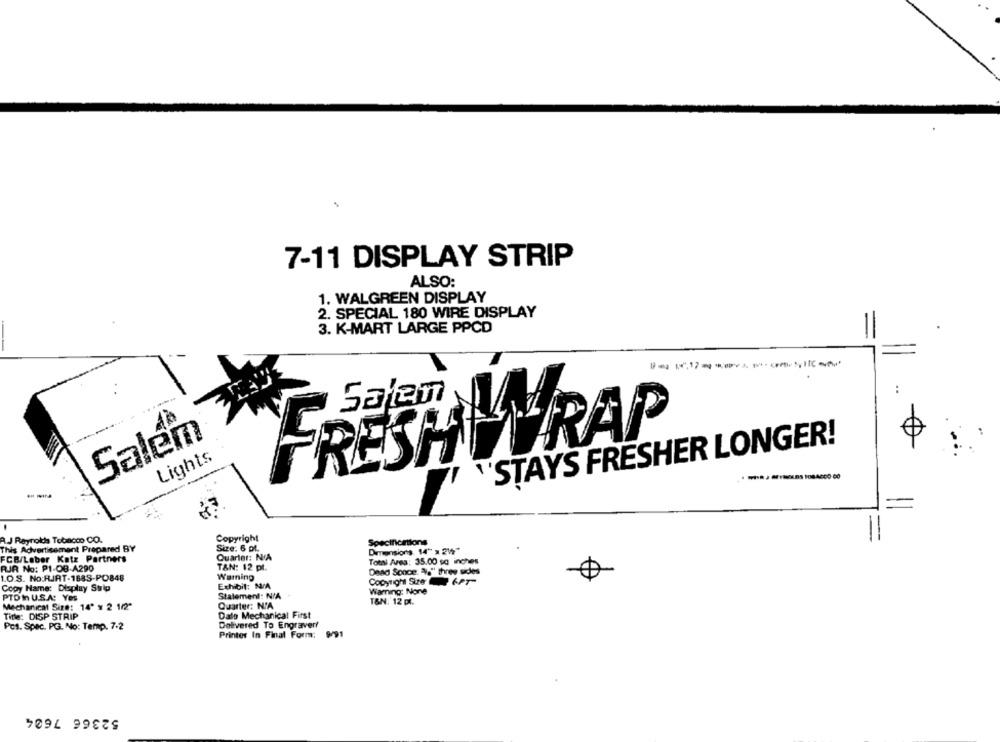
7-11 DISPLAY STRIP
ALSO:
1. WALGREEN DISPLAY
2. SPECIAL 180 WIRE DISPLAY
3. K-MART LARGE PPCD
Salam
Salem
FRESHINRAP
"STAYS FRESHER LONGER!
Lights
A.J Reynolds Tobacco CO.
Copyright
This Advertisement Prepared BY
Size: 6 pl.
Dimensions 14" x 244"
Quarter: NA
FCB/Leber Katz Partners
Total Ares: 35.00 sq inches
RUR No: PI-OB-A290
T&N: 12 pl.
Dead Sonce: 46" three sides
1.O.S. No:RJAT-168S-PO848
Warning
Exhibit: N/A
Copy Name: Display Strip
Warning: None
PTD In U.S.A: Yes
Statement: N/A
T&N: 12 pl.
Mechanical Size: 14' x 2 1/2"
Quarter: NIA
Title: DISP STRIP
Dalo Mechanical First
Pos. Spec. PG. No: Temp. 7.2
Delivered To Engraver!
Printer In Final Form;
52366 7604